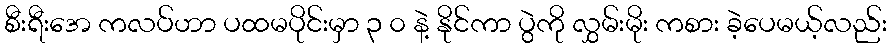
စီးရီးအေ ကလပ်ဟာ ပထမပိုင်းမှာ ၃ ၀ နဲ့ နိုင်ကာ ပွဲကို လွှမ်းမိုး ကစား ခဲ့ပေမယ့်လည်း